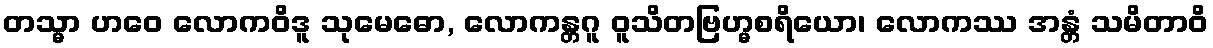
တသ္မာ ဟဝေ လောကဝိဒူ သုမေဓော, လောကန္တဂူ ဝူသိတဗြဟ္မစရိယော၊ လောကဿ အန္တံ သမိတာဝိ